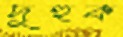
দুহুক